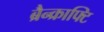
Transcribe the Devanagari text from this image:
ब्रैन्क्राफ्टि